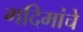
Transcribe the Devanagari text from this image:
गदिमांचे